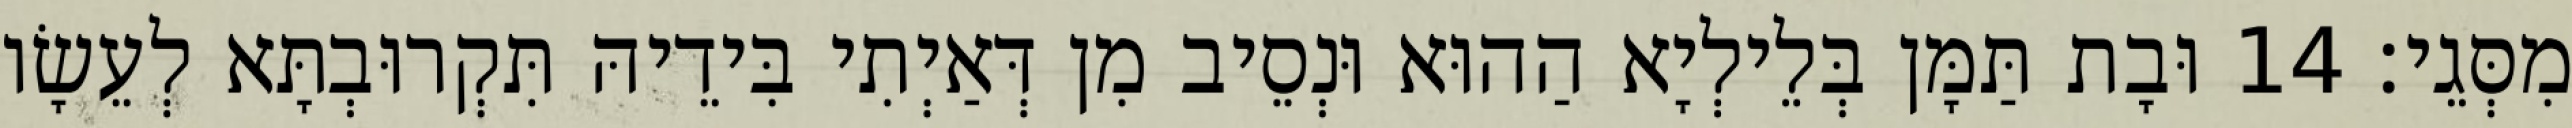
מִסְּגֵי׃ 14 וּבָת תַּמָּן בְּלֵילְיָא הַהוּא וּנְסֵיב מִן דְּאַיְתִי בִּידֵיהּ תִּקְרוּבְתָּא לְעֵשָׂו